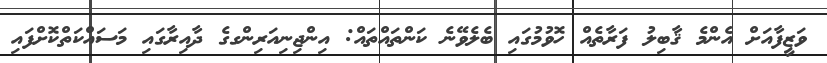
ވަޒީފާއަށް އެންމެ ޤާބިލު ފަރާތެއް ހޮވުމުގައި ބެލެވޭނެ ކަންތައްތައް: އިންޖިނިއަރިންގގެ ދާއިރާގައި މަސައްކަތްކޮށްފައި